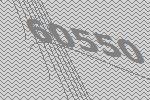
60550